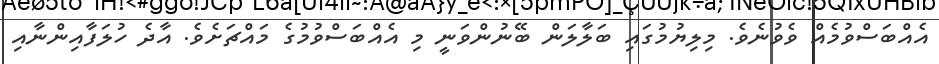
އެއްބަސްވުމެއް ވެވުނެވެ. މިލިޔުމުގައި ބަލާލަން ބޭނުންވަނީ މި އެއްބަސްވުމުގެ މައްޗަށެވެ. އާދެ ހުލަފާއިންނާއި